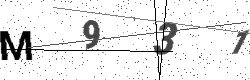
Text: M931